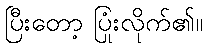
ပြီးတော့ ပြုံးလိုက်၏။